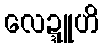
လေဍ္ဍူဟိ